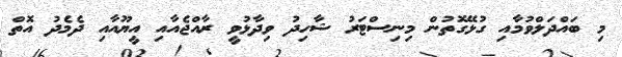
މި ބައްދަލްވުމާއި ގުޅޭގޮތުން މިނިސްޓަރު ޝާހިދު ވިދާޅުވީ ރާއްޖެއާއި އީޔޫއާއި ދެމެދު އޮތް